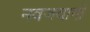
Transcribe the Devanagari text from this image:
नवजवानों